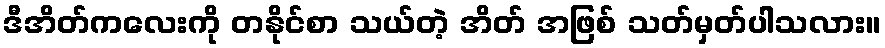
ဒီအိတ်ကလေးကို တနိုင်စာ သယ်တဲ့ အိတ် အဖြစ် သတ်မှတ်ပါသလား။